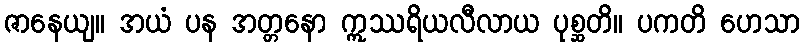
ဇာနေယျ။ အယံ ပန အတ္တနော ဣဿရိယလီလာယ ပုစ္ဆတိ။ ပကတိ ဟေသာ